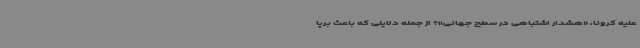
علیه کرونا، «هشدار اشتباهی در سطح جهانی»؟ از جمله دلایلی که باعث برپا